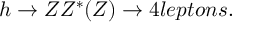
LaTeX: h \rightarrow Z Z ^ { * } ( Z ) \rightarrow 4 l e p t o n s .